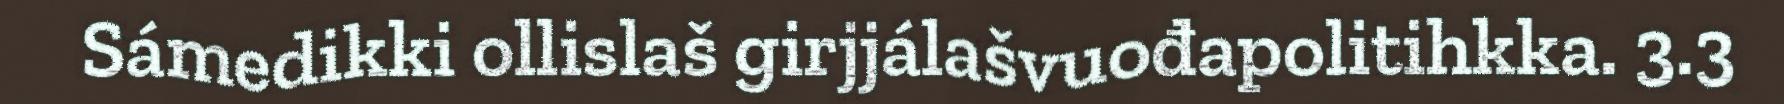
Sámedikki ollislaš girjjálašvuođapolitihkka. 3.3